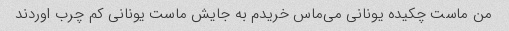
من ماست چکیده یونانی می‌ماس خریدم به جایش ماست یونانی کم چرب اوردند